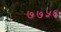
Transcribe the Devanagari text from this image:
७७५६